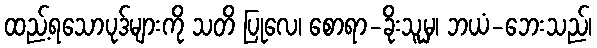
ထည့်ရသောပုဒ်များကို သတိ ပြုလေ၊ စောရာ-ခိုးသူမှ၊ ဘယံ-ဘေးသည်၊